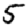
Digit: 5